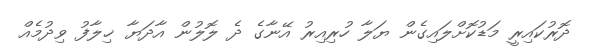
ދޮރުކައިރީ މަޑުކޮށްލައިގެން ޔަލާ ހުރިއިރު އޭނާގެ ދެ ލޮލުން އާދަޔާ ޚިލާފު ވިދުމެއް